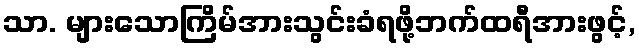
သာ. များသောကြိမ်အားသွင်းခံရဖို့ဘက်ထရီအားဖွင့်,